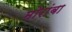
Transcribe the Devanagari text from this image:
मोरांबा